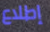
إطلاع